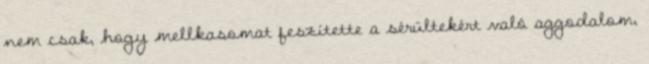
nem csak, hogy mellkasomat feszítette a sérültekért való aggodalom,